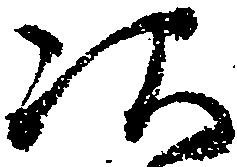
次